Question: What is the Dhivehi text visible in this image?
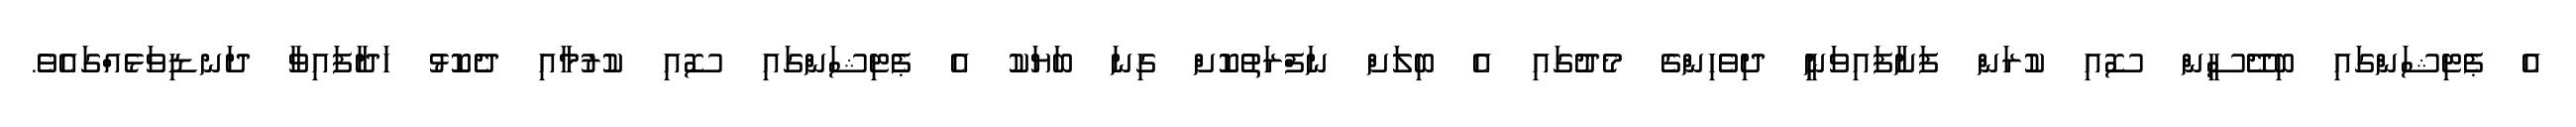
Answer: އެ ޕެޓިޝަންގައި ބިދޭސީން ސޮއި ކުރަން ފަށާފައިވަނިީ ދިވެހިންގެ މެދުގައި އެ ބިލަށް ނަފްރަތުކޮށް ގިނަ ބަޔަކު އެ ޕެޓިޝަންގައި ސޮއި ކުރުމާއި ދެކޮޅު ހަދާފައިވާ ދަނޑިވަޅެއްގައެވެ.